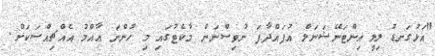
"އަޅުގަނޑު ލިލީ އިންޓަނޭޝަނަލް އުފައްދާފަ ނުވިސްނަން މާކެޓުގައި މި ހުންނަ އާއްމު އެއްޗިއްސަކަށް.